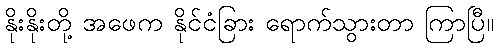
နိုးနိုးတို့ အဖေက နိုင်ငံခြား ရောက်သွားတာ ကြာပြီ။